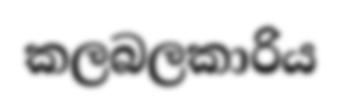
කලබලකාරිය